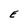
Character: E